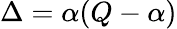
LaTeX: \Delta=\alpha(Q-\alpha)